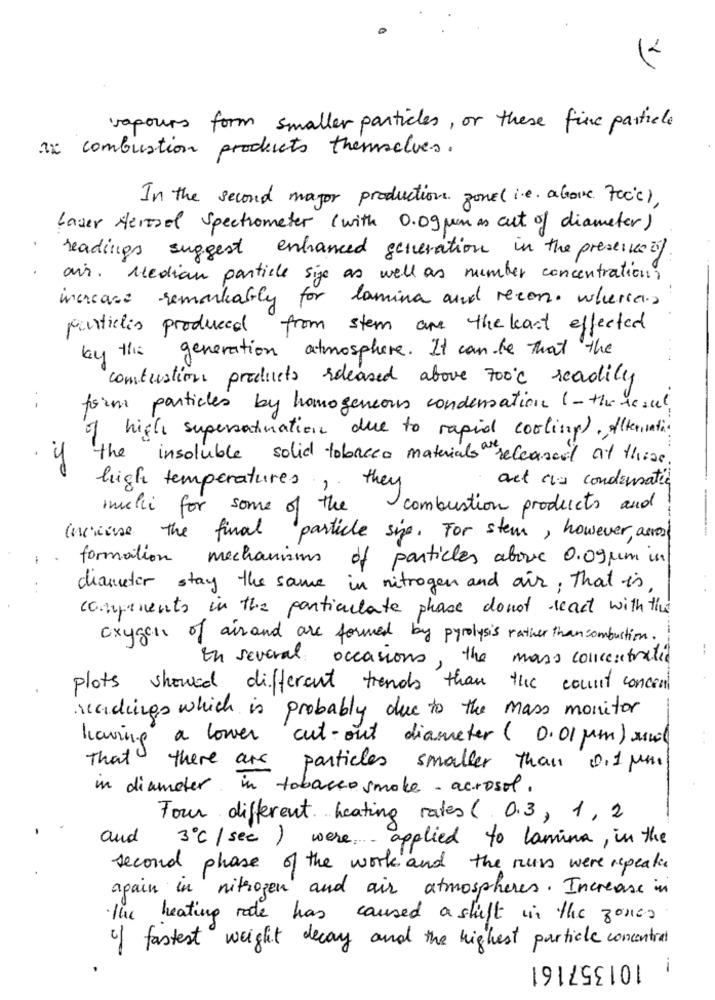
12
vapours form smaller particles, or these fine particle
at combustion products themselves.
In the second mayor production zone ( i.e. above focc) ,
Lover Herroel Spectrometer ( with 0.09 um as cut of diameter)
readings suggest enhanced generation in the preserved.
air. Median particle sige as well as number concentration,
marcase remarkably for lamina and recon. whereas
particles produced from stem are the kart effected
by this generation atmosphere. It can be that the
construction products released above 700℃ readily
--
form particles by homogeneous condensation (-the resul
of high supersalivation due to rapid cooling). Alternating
the insoluble solid tobacco materials releaseil at theos .
50
high temperatures,
they
act cia condensatie
milli for some of the
combustion products and
Increase the final particle sig. For stem, however, across
formation mechanisms of particles above 0.09um in
diameter stay the same in nitrogen and air, that is
components in the particulate phase donot reach with the
oxygen of airand are formed by pyrolysis rather than combustion.
In several occasions, the mass concentratie
plots showed different trends than the count concent
readings which is probably due to the mass monitor
having a lower cut-out diameter ( 0.01 pm ) und
That there are particles smaller than 0.1 pm
in diameter in tobaccosmoke - acrosol.
Four different heating rates ( 0.3, 1, 2
and
3º℃ /see ) were .. applied to lamina, in the
second phase of the work and the nuss were repeater
apain in nitrogen and air atmospheres. Increase in
The heating rade has caused a shift in the zone
of fastest weight decay and the highest particle concentral
101357161
i